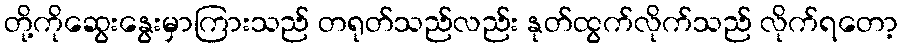
တို့ကိုဆွေးနွေးမှာကြားသည် တရုတ်သည်လည်း နုတ်ထွက်လိုက်သည် လိုက်ရတော့